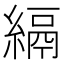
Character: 𦃔